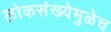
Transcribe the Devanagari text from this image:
लोकसंख्येमुळेच